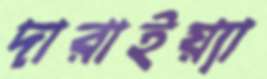
দারাইয়্যা